Source: Handwritten
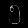
Digit: ၅ (5)